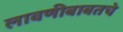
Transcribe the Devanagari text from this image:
लावणीबाबतचे